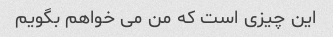
این چیزی است که من می خواهم بگویم